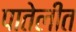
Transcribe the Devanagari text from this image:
पातेलीत